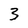
Character: 3